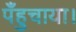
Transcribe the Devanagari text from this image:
पँहुचाया।